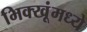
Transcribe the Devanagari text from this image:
भिक्खूंमध्ये